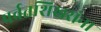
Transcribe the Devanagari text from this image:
पर्वतशिखरांना